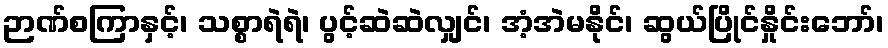
ဉာဏ်စကြာနှင့်၊ သစ္စာရဲရဲ၊ ပွင့်ဆဲဆဲလျှင်၊ အံ့အဲမနိုင်၊ ဆွယ်ပြိုင်နှိုင်းဘော်၊